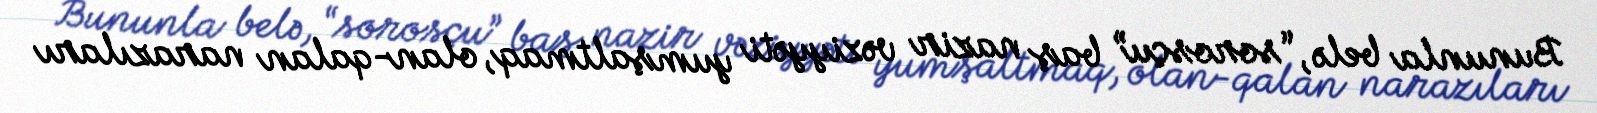
Bununla belə, “sorosçu” baş nazir vəziyyəti yumşaltmaq, olan-qalan narazıları